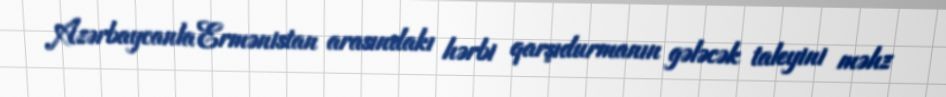
Azərbaycanla Ermənistan arasındakı hərbi qarşıdurmanın gələcək taleyini məhz